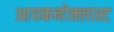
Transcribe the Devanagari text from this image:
आयकनोक्लास्ट